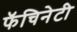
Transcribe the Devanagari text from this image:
फॅचिनेटी